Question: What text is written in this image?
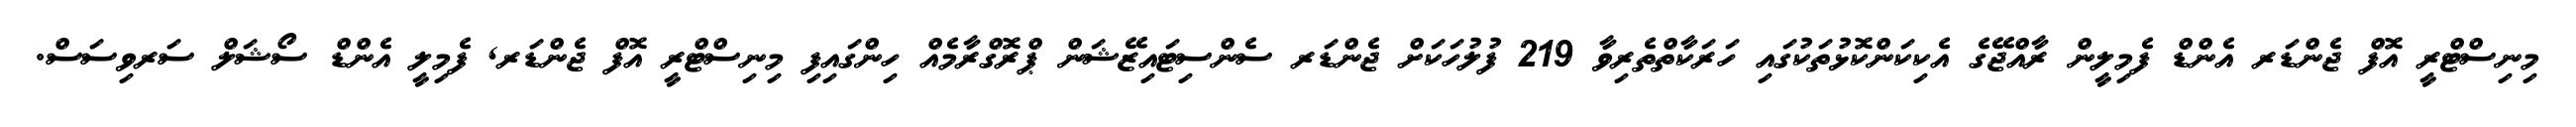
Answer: މިނިސްޓްރީ އޮފް ޖެންޑަރ އެންޑް ފެމިލީން ރާއްޖޭގެ އެކިކަންކޮޅުތަކުގައި ހަރަކާތްތެރިވާ 219 ފުލުހަކަށް ޖެންޑަރ ސެންސިޓައިޒޭޝަން ޕްރޮގްރާމެއް ހިންގައިފި މިނިސްޓްރީ އޮފް ޖެންޑަރ, ފެމިލީ އެންޑް ސޯޝަލް ސަރވިސަސް.